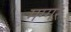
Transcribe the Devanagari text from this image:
मग्गर